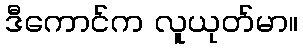
ဒီကောင်က လူယုတ်မာ။